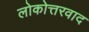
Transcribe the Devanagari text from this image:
लोकोत्तरवाद